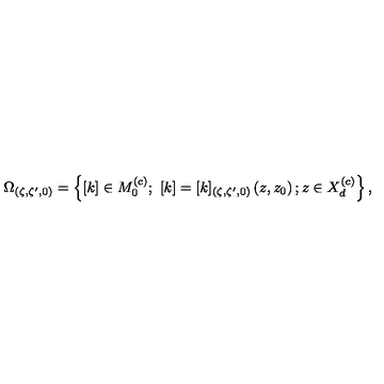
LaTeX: \Omega _ { ( \zeta , \zeta ^ { \prime } , 0 ) } = \left\{ [ k ] \in M _ { 0 } ^ { \left( c \right) } ; \ [ k ] = [ k ] _ { ( \zeta , \zeta ^ { \prime } , 0 ) } \left( z , z _ { 0 } \right) ; z \in X _ { d } ^ { \left( c \right) } \right\} ,